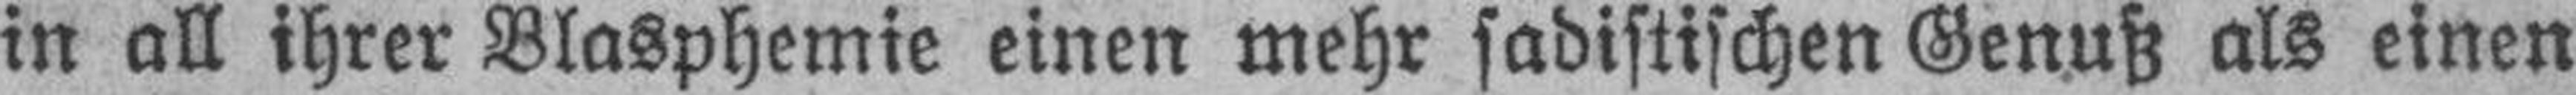
in all ihrer Blasphemie einen mehr sadistischen Genuß als einen